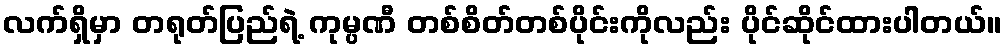
လက်ရှိမှာ တရုတ်ပြည်ရဲ့ ကုမ္ပဏီ တစ်စိတ်တစ်ပိုင်းကိုလည်း ပိုင်ဆိုင်ထားပါတယ်။